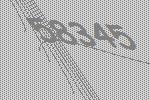
58345